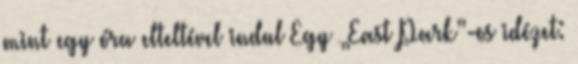
mint egy óra elteltével indul Egy „East Park”-os idézet: